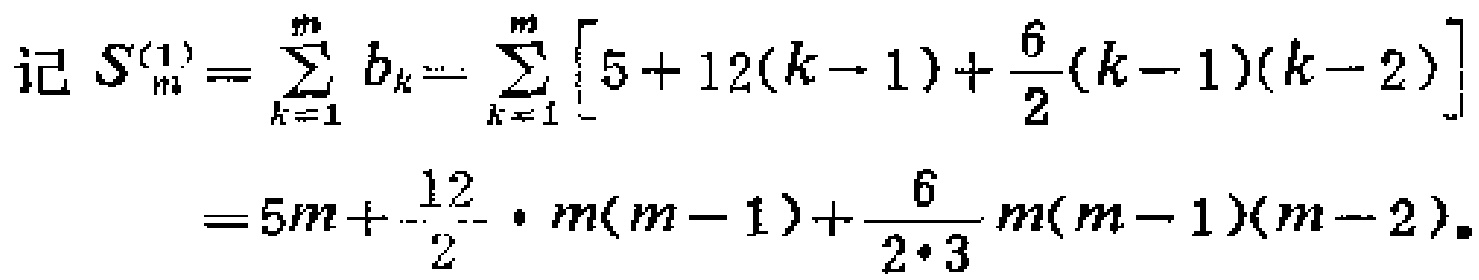
\[\begin{align*}
\text{记 }S_{m}^{(1)}&=\sum_{k = 1}^{m}b_{k}=\sum_{k = 1}^{m}\left[5 + 12(k - 1)+\frac{6}{2}(k - 1)(k - 2)\right]\\
&=5m+\frac{12}{2}\cdot m(m - 1)+\frac{6}{2\cdot3}m(m - 1)(m - 2).
\end{align*}\]